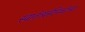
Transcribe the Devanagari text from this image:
स्वातंत्र्यसैनिकांच्या